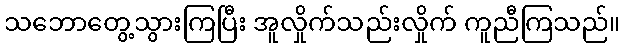
သဘောတွေ့သွားကြပြီး အူလှိုက်သည်းလှိုက် ကူညီကြသည်။